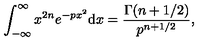
\int _ { - \infty } ^ { \infty } x ^ { 2 n } e ^ { - p x ^ { 2 } } \mathrm { d } x = { \frac { \Gamma ( n + 1 / 2 ) } { p ^ { n + 1 / 2 } } } ,